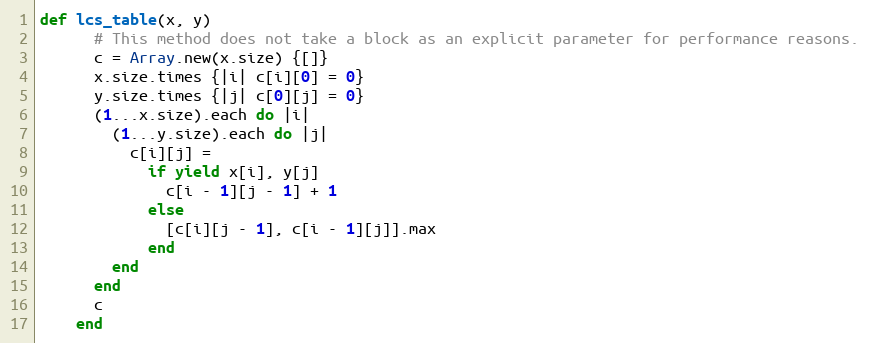
Language: Ruby
def lcs_table(x, y)
      # This method does not take a block as an explicit parameter for performance reasons.
      c = Array.new(x.size) {[]}
      x.size.times {|i| c[i][0] = 0}
      y.size.times {|j| c[0][j] = 0}
      (1...x.size).each do |i|
        (1...y.size).each do |j|
          c[i][j] =
            if yield x[i], y[j]
              c[i - 1][j - 1] + 1
            else
              [c[i][j - 1], c[i - 1][j]].max
            end
        end
      end
      c
    end